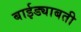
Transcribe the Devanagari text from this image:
बाईड्याबती